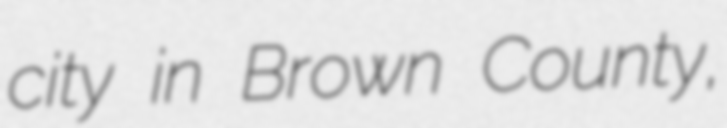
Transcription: city in Brown County,